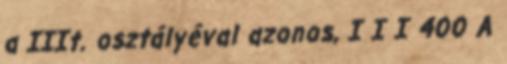
a IIIt. osztályéval azonos, I I I 400 A